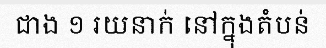
ជាង ១ រយនាក់ នៅក្នុងតំបន់